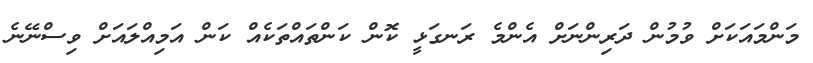
މަންމައަކަށް ވުމުން ދަރިންނަށް އެންމެ ރަނގަޅީ ކޮން ކަންތައްތަކެއް ކަން އަމިއްލައަށް ވިސްނޭނެ